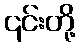
၎င်းတို့